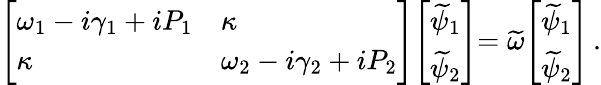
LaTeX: \left[\begin{array}{ll}{\omega_{1}-i\gamma_{1}+iP_{1}}&{\kappa}\\ {\kappa}&{\omega_{2}-i\gamma_{2}+iP_{2}}\end{array}\middle]\middle[\begin{array}{l}{\widetilde{\psi}_{1}}\\ {\widetilde{\psi}_{2}}\end{array}\middle]=\widetilde{\omega}\middle[\begin{array}{l}{\widetilde{\psi}_{1}}\\ {\widetilde{\psi}_{2}}\end{array}\right]\, .